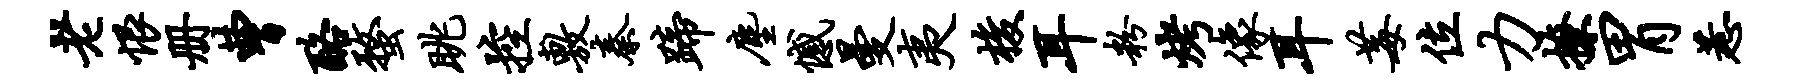
老恨册曹酪蝥眺控敷秦蹄尘憾曼夷梭耳粉烤像耳莓位力撩胃惹